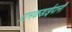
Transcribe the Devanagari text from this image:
ग्रामकडाईपानी